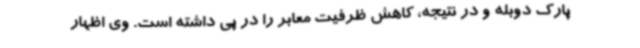
پارک دوبله و در نتیجه، کاهش ظرفیت معابر را در پی داشته است. وی اظهار